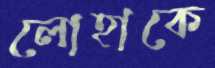
লোহাকে